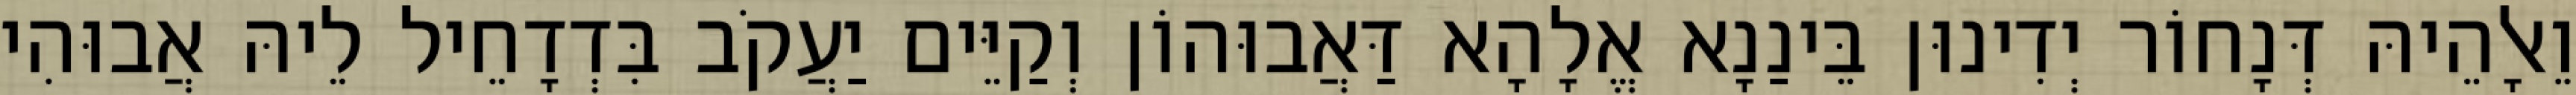
וֵאלָהֵיהּ דְּנָחוֹר יְדִינוּן בֵּינַנָא אֱלָהָא דַּאֲבוּהוֹן וְקַיֵּים יַעֲקֹב בִּדְדָחֵיל לֵיהּ אֲבוּהִי